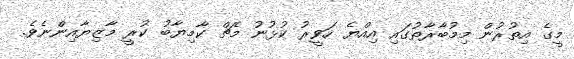
މީގެ އިތުރުން މިމުބާރާތުގައި އިއްޔެ ހަވީރު ކުޅުނު މެޗް ކާމިޔާބު ކުރީ މާޒިޔާއިންނެވެ.